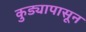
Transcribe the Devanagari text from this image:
कुड्यापासून